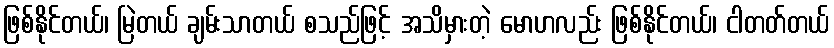
ဖြစ်နိုင်တယ်၊ မြဲတယ် ချမ်းသာတယ် စသည်ဖြင့် အသိမှားတဲ့ မောဟလည်း ဖြစ်နိုင်တယ်၊ ငါတတ်တယ်